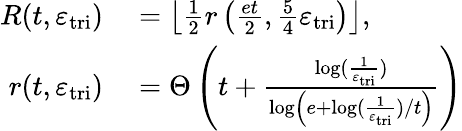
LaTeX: \begin{array}{rl}{R(t,\varepsilon_{\mathrm{tri}})}&{{}=\left\lfloor\frac{1}{2}r\left(\frac{et}{2},\frac{5}{4}\varepsilon_{\mathrm{tri}}\right)\right\rfloor,}\\ {r(t,\varepsilon_{\mathrm{tri}})}&{{}=\Theta\left(t+\frac{\log(\frac{1}{\varepsilon_{\mathrm{tri}}})}{\log\left(e+\log(\frac{1}{\varepsilon_{\mathrm{tri}}})/t\right)}\right)}\end{array}